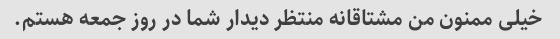
خیلی ممنون من مشتاقانه منتظر دیدار شما در روز جمعه هستم.